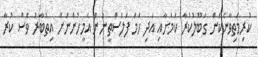
ކުރިމަތިވާނެކަން ގަބޫލުކުރާ ކަމަށާއި އަދި ހަމަ ފަލަސްތީނުން އެމީހުންނަށް އިތުބާރު ވެސް ކުރާ